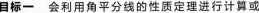
目标一会利用角平分线的性质定理进行计算或